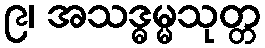
၉၊ အသဒ္ဓမ္မသုတ္တ